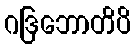
ဂဒြဘောတိပိ